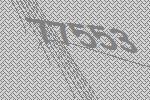
77553